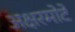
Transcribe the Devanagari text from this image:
अक्षरमोटे